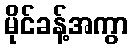
မိုင်ခန့်အကွာ